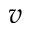
v